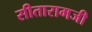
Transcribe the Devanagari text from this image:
सीतारामजी